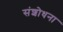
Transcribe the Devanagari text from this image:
संशोधना